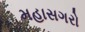
મહાસગરો